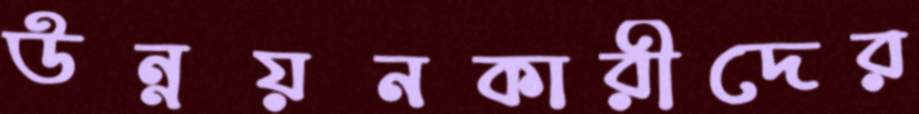
উন্নয়নকারীদের